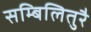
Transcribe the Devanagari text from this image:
सम्बिलितुरै